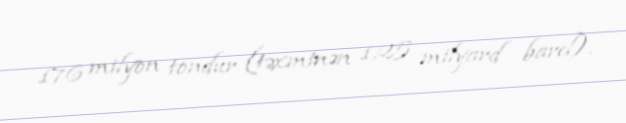
176 milyon tondur (təxminən 1,25 milyard barel).